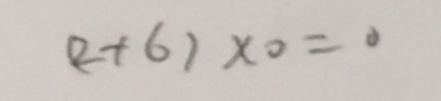
( 2 + 6 ) \times 0 = 0